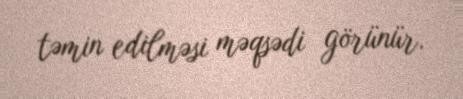
təmin edilməsi məqsədi görünür.